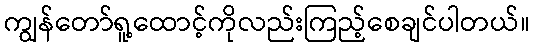
ကျွန်တော်ရူ့ထောင့်ကိုလည်းကြည့်စေချင်ပါတယ်။